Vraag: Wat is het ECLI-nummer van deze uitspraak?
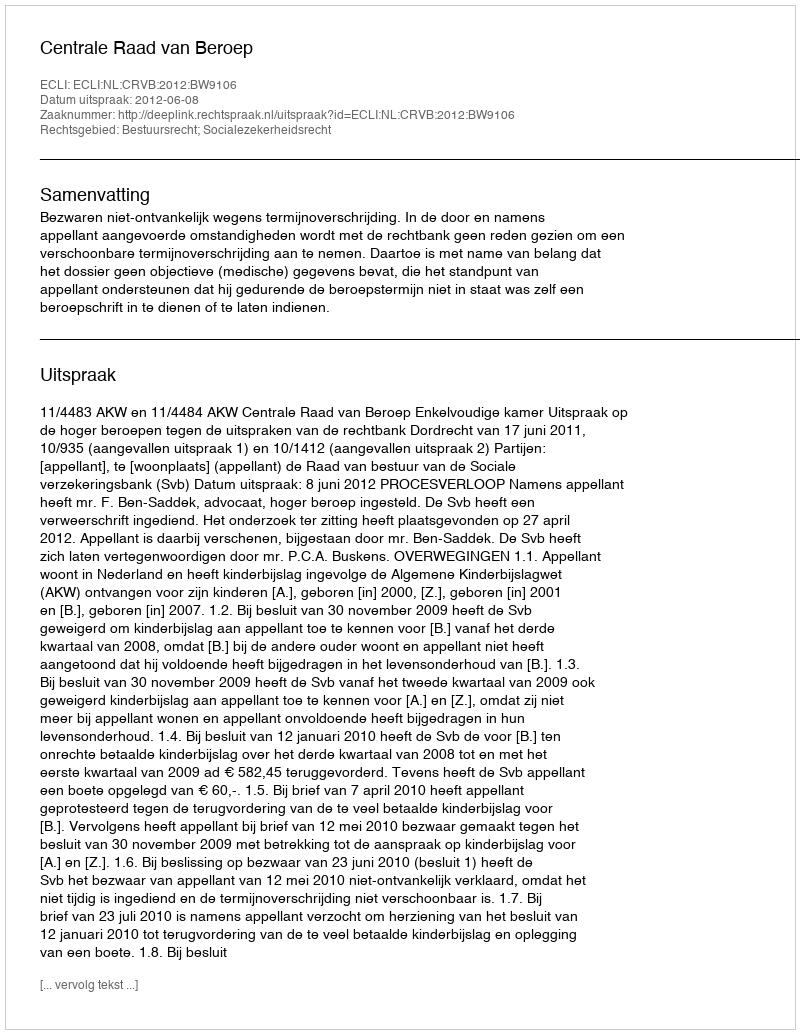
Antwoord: ECLI:NL:CRVB:2012:BW9106